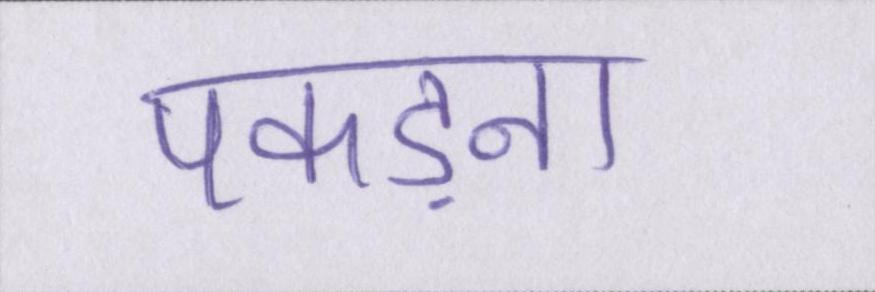
पकड़ना